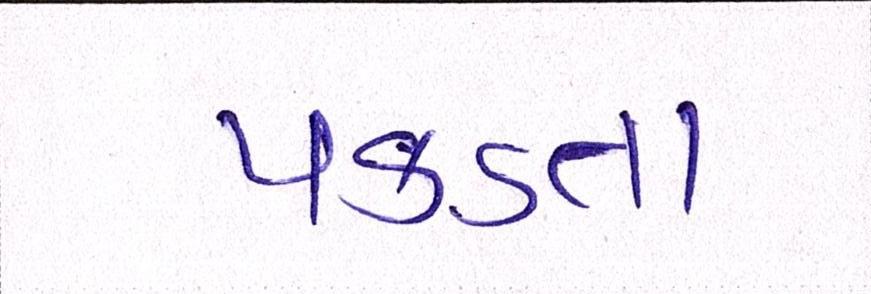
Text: પકડતા